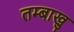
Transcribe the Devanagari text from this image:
तम्बाखु